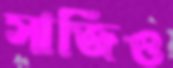
সাজিও